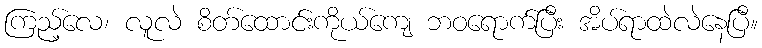
ကြည့်လေ၊ လူလဲ စိတ်ထောင်းကိုယ်ကျေ ဘဝရောက်ပြီး အိပ်ရာထဲလဲနေပြီ။